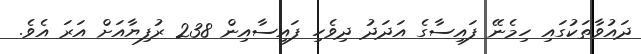
ދައުވާތަކުގައި ހިމެނޭ ފައިސާގެ އަދަދު ދިވެހި ފައިސާއިން 238 ރުފިޔާއަށް އަރަ އެވެ.